Report of the Municipal Commissioner on the plague in Bombay for the year ending 31st May... - Volume 3
Disease focus: Plague
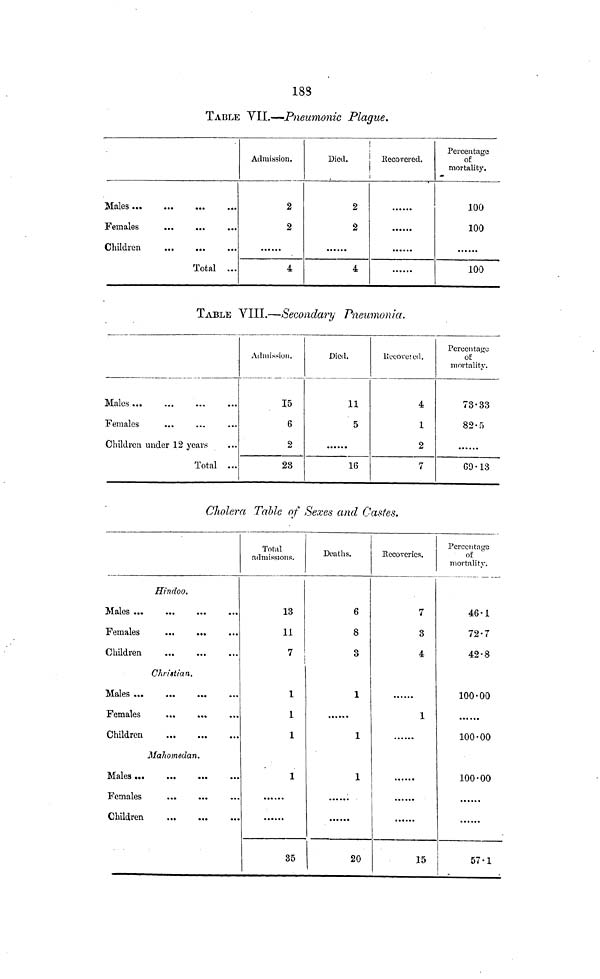
183
TABLE VII.—Pneumonic Plague.
Females
Children
Total ...
Admission.
2
2
4
Died.
.
2
2
4^R
ecovered.
Percentage
of
mortality.
100
100
100
TABLE VIII.—Secondary Pneumonia.
Males
Females
Children under 12 years
Total ...
Admission.
15
6
2
28
Died.
11
5
16
Recovered.
4
1
2
7
Percentage
of
mortality.
73.33
82.5
69.- 13
Cholera Table of Sexes and Castes.
Hindoo.
Males ...
Females
Children
Christian.
Females
Children
Mahomedan.
Females
Children
Total
admissions.
13
11
7
1
1
1
1
35
Deaths.
6
8
3
1
1
1
20
recoveries.
7
3
4
1
1
15
Percentage
of
mortality.
46.1
72.7
42.8
100.00
100.00
100.00
57.1